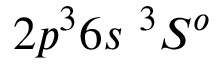
{ 2 p ^ { 3 } 6 s ~ ^ { 3 } S ^ { o } }